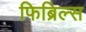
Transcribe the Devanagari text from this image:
फिब्रिल्स